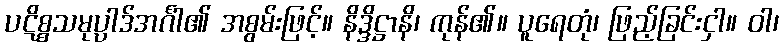
ပဋိစ္စသမုပ္ပါဒ်အင်္ဂါ၏ အစွမ်းဖြင့်။ နိဒ္ဒိဋ္ဌာနိ၊ ကုန်၏။ ပူရေတုံ၊ ဖြည့်ခြင်းငှါ။ ဝါ၊